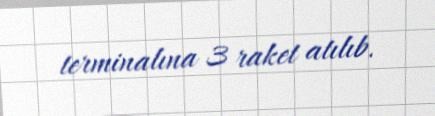
terminalına 3 raket atılıb.